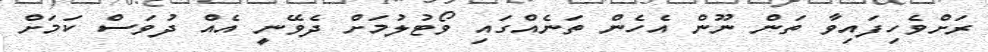
ރަށްވެހިފައިވާ ތަން ނޫން އެހެން ތަނެއްގައި ވޯޓުލުމަށް ދެވޭނީ އެއް ދުވަސް ކަމަށް